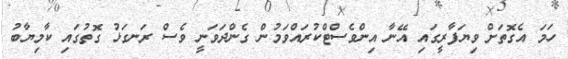
ހަމަ އެގޮތަށް ވިޔަފާރީގައި އޭނާ އިންވެސްޓްކުރައްވަމުން ގެންދަވަނީ ވެސް ރަނގަޅު ގޮތުގައި ކާމިޔާބު